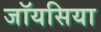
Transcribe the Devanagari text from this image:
जॉयसिया